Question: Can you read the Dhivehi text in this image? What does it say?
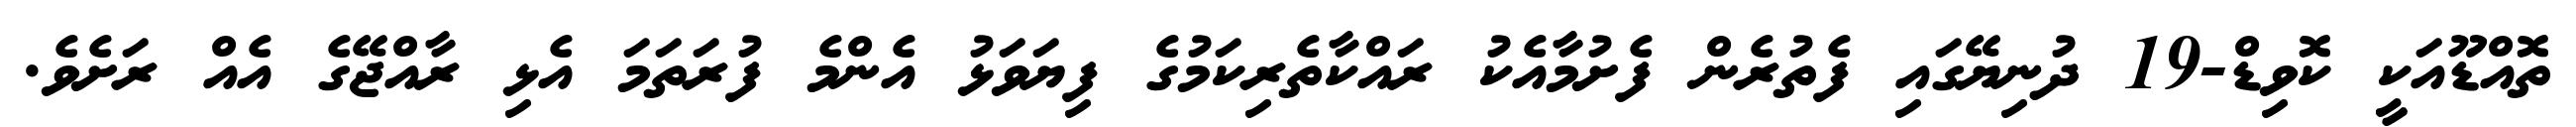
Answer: ތޮއްޑޫއަކީ ކޮވިޑް-19 ދުނިޔޭގައި ފެތުރެން ފެށުމާއެކު ރައްކާތެރިކަމުގެ ފިޔަވަޅު އެންމެ ފުރަތަމަ އެޅި ރާއްޖޭގެ އެއް ރަށެވެ.